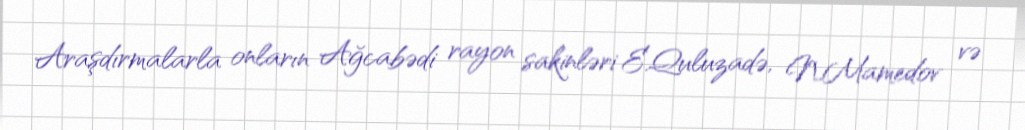
Araşdırmalarla onların Ağcabədi rayon sakinləri E.Quluzadə, N.Mamedov və